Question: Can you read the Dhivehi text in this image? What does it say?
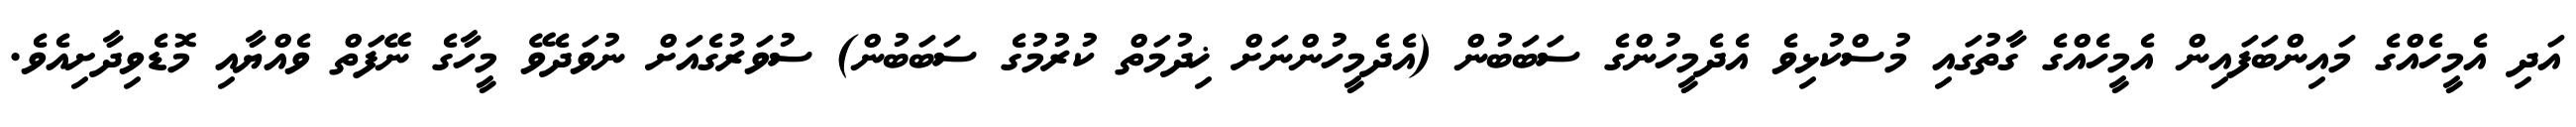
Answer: އަދި އެމީހެއްގެ މައިންބަފައިން އެމީހެއްގެ ގާތުގައި މުސްކުޅިވެ އެދެމީހުންގެ ސަބަބުން (އެދެމީހުންނަށް ޚިދުމަތް ކުރުމުގެ ސަބަބުން) ސުވަރުގެއަށް ނުވަދެވޭ މީހާގެ ނޭފަތް ވެއްޔާއި މޮޑެވިދާށިއެވެ.